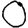
Digit: 0